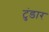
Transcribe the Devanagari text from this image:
टुंडार